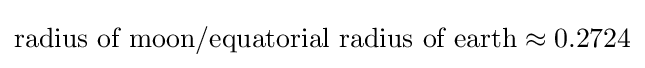
{\text{radius of moon/equatorial radius of earth}}\approx 0.2724